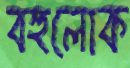
বহুলোক